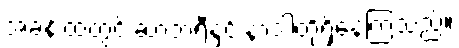
အခန်းထဲတွင် ဆာဘရီနှင့် နာဒါတို့ရှိနေကြသည်။